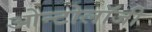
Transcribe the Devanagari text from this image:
ओन्टोलॉजी